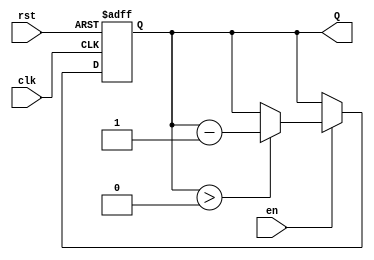
module down_counter (
    input wire clk,       // Clock signal
    input wire rst,       // Asynchronous reset signal
    input wire en,        // Enable signal
    output reg [3:0] Q    // 4-bit output count
);

// Parameter for maximum count value (15 for a 4-bit counter)
parameter MAX_COUNT = 4'b1111;

// Asynchronous reset and counting behavior
always @(posedge clk or posedge rst) begin
    if (rst) begin
        // Reset the counter to MAX_COUNT
        Q <= MAX_COUNT;
    end else if (en) begin
        // Decrement the counter if enabled
        if (Q > 0) begin
            Q <= Q - 1;
        end
        // If wrap-around behavior is desired, uncomment the next line
        // else begin
        //     Q <= MAX_COUNT; // Wrap around to MAX_COUNT
        // end
    end
end

endmodule